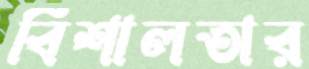
বিশালতার